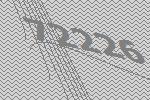
72226